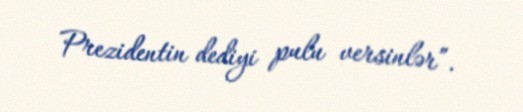
Prezidentin dediyi pulu versinlər”.